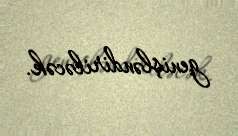
genişləndiriləcək.